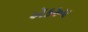
ઍકરૂપ